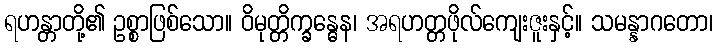
ရဟန္တာတို့၏ ဥစ္စာဖြစ်သော။ ဝိမုတ္တိက္ခန္ဓေန၊ အရဟတ္တဖိုလ်ကျေးဇူးနှင့်။ သမန္နာဂတော၊